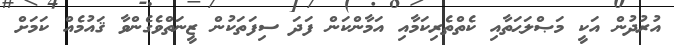
އުރުދުން އަކީ މަޞްލަޙަތާއި ކެތްތެރިކަމާއި އަމާންކަން ފަދަ ސިފަތަކުން ޒީނަތްވެގެންވާ ޤައުމެއް ކަމަށް